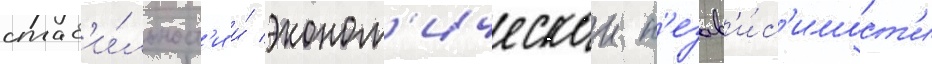
стаб'и́льност'и и́ эконом'ическои н'езав'и́с'имост'и